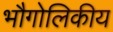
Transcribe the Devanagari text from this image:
भौगोलिकीय